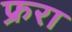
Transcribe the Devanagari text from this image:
फ्ररा